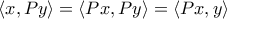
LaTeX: \langle x , P y \rangle = \langle P x , P y \rangle = \langle P x , y \rangle